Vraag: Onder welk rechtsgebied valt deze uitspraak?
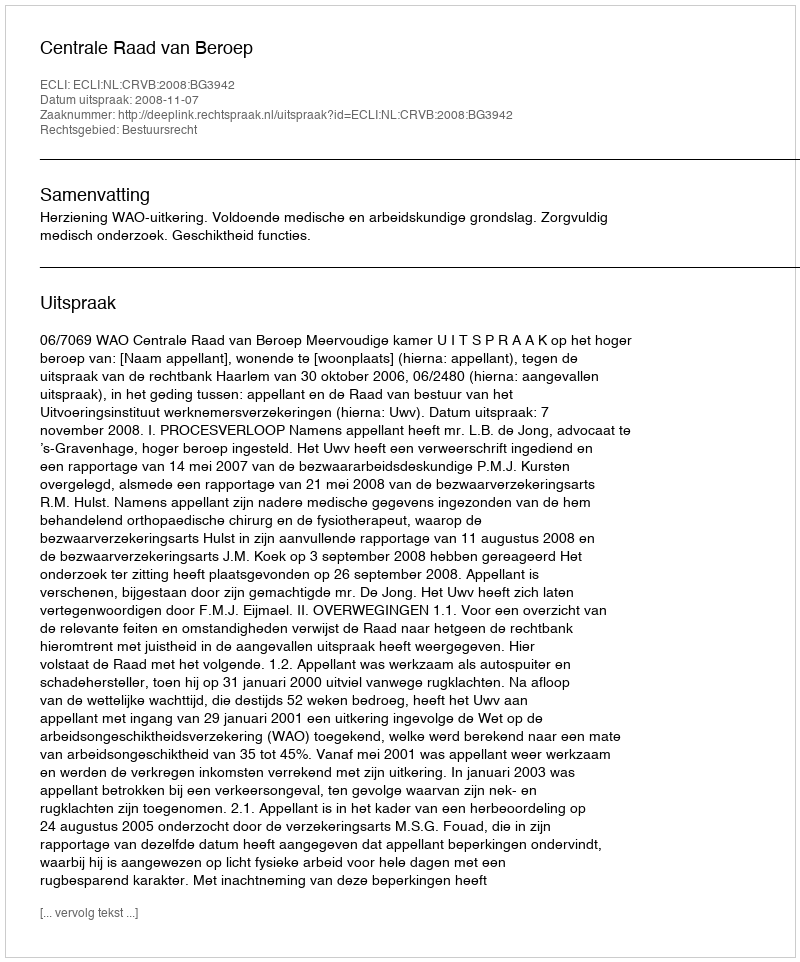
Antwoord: Bestuursrecht